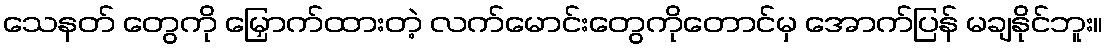
သေနတ် တွေကို မြှောက်ထားတဲ့ လက်မောင်းတွေကိုတောင်မှ အောက်ပြန် မချနိုင်ဘူး။